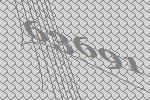
63691